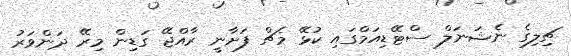
ޗިލިގެ ނެޝަނަލް ސްޓޭޑިއަމްގައި ކުޅޭ މެޗް ފަށާނީ ރާއްޖޭ ގަޑިން މިރޭ ދަންވަރު